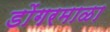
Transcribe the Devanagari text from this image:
डोंगरमाळा